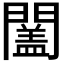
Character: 𨶩